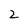
Character: 2